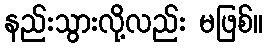
နည်းသွားလို့လည်း မဖြစ်။